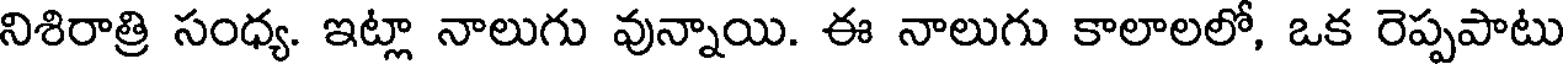
నిశిరాత్రి సంధ్య. ఇట్లా నాలుగు వున్నాయి. ఈ నాలుగు కాలాలలో, ఒక రెప్పపాటు